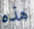
هذه